Lunatic asylums Madras 1892-1911 - 1892-1911
Year: 1892
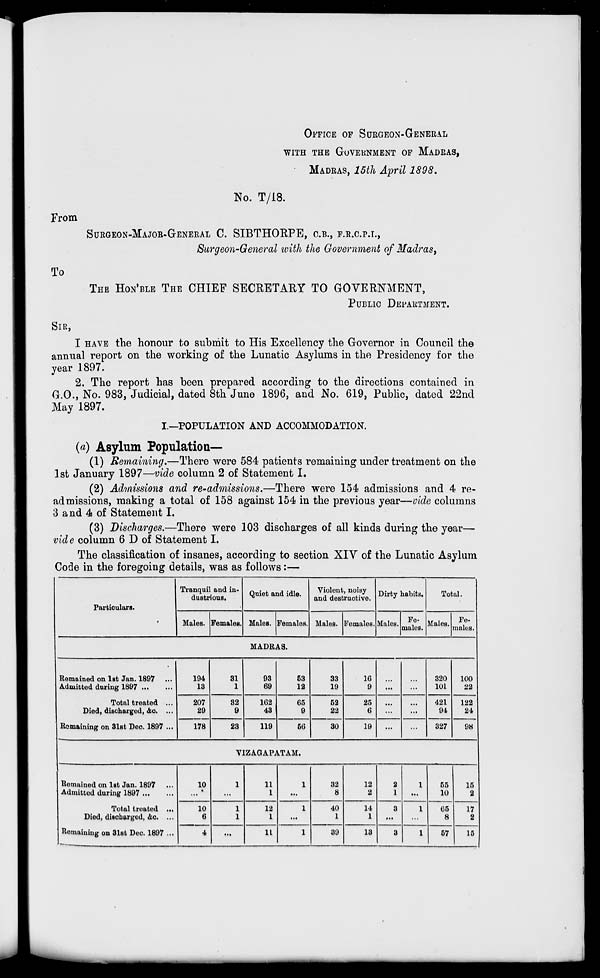
From
To
OFFICE OF SURGEON-GENERAL
WITH THE GOVERNMENT OF MADRAS,
MADRAS, 15th April 1898.
No. T/18.
SURGEON-MAJOR-GENERAL C. SIBTHOBPE, O.B., F.R.C.P.L,
Surgeon-General with the Government of Madras,
THE HON'BLE THE CHIEF SECRETARY TO GOVERNMENT,
PUBLIC DEPARTMENT.
SIR,
I HAVE the honour to submit to His Excellency the Governor in Council the
annual report on the working of the Lunatic Asylums in the Presidency for the
year 1897.
2. The report has been prepared according to the directions contained in
G.O., No. 983, Judicial, dated 8th June 1896, and No. 619, Public, dated 22nd
May 1897.
I.—POPULATION AND ACCOMMODATION.
(«) Asylum Population—
(1) Remaining.—There were 584 patients remaining under treatment on the
1st January 1897—vide column 2 of Statement I.
(2) Admissions and re-admissions.—There were 154 admissions and 4 re-
admissions, making a total of 158 against 154 in the previous year—vide columns
3 and 4 of Statement I.
(3) Discharges.—There were 103 discharges of all kinds during the year—
vide column 6 D of Statement I.
The classification of insanes, according to section XIY of the Lunatic Asylum
Code in the foregoing details, was as follows:—
Particulars.
Tranquil and in-
dustrious.
Quiet and idle.
Violent, noisy
and destructive.
Dirty habits.
Total.
Males. Females. Males. Females. Males. Females. Males. Fe-
males.
Males. Fe-
males.
MADRAS.
•
Remained on 1st Jan. 1897
Admitted during 1897
Total treated ...
Died, discharged, &o. ...
Remaining on 3lBt Deo. 1897 ...
194
13
31
1
93
69
53
12
33
19
16
9
...
...
320
101
100
22
207
29
32
9
102
43
65
9
52
22
25
6
...
...
421
94
327
122
24
178
23
119
50
30
19
...
...
98
VIZAGAPATAM.
Remained on 1st Jan. 1897
Admitted during 1897
Total troatod ...
Died, discharged, &o. ...
Remaining on 31st Deo. 1897 ...
10
1
11
1
1
32
8
12
2
2
1
1
55
10
15
2
10
6
1
1
12
1
1
40
1
14
1
3
1
65
8
17
2
4
...
11
1
39
13
3
1
57
15